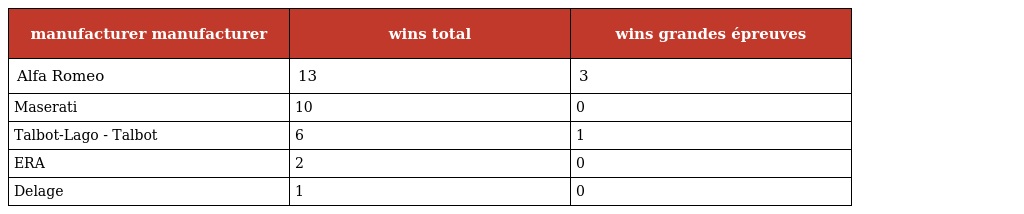
| manufacturer manufacturer | wins total | wins grandes épreuves |
 | --- | --- | --- |
 | Alfa Romeo | 13 | 3 |
 | Maserati | 10 | 0 |
 | Talbot-Lago - Talbot | 6 | 1 |
 | ERA | 2 | 0 |
 | Delage | 1 | 0 |